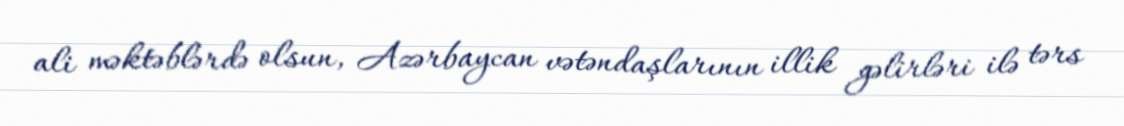
ali məktəblərdə olsun, Azərbaycan vətəndaşlarının illik gəlirləri ilə tərs